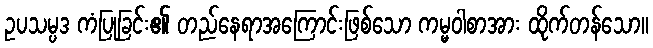
ဥပသမ္ပဒ ကံပြုခြင်း၏ တည်နေရာအကြောင်းဖြစ်သော ကမ္မဝါစာအား ထိုက်တန်သော။